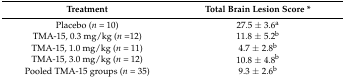
| Treatment | Total Brain Lesion Score * |
 | --- | --- |
 | Placebo (n = 10) | 27.5 ± 3.6a |
 | TMA-15, 0.3 mg/kg (n =12) | 11.8 ± 5.2b |
 | TMA-15, 1.0 mg/kg (n = 11) | 4.7 ± 2.8b |
 | TMA-15, 3.0 mg/kg (n = 12) | 10.8 ± 4.8b |
 | Pooled TMA-15 groups (n = 35) | 9.3 ± 2.6b |